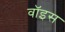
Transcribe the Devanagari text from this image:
वाॅइस